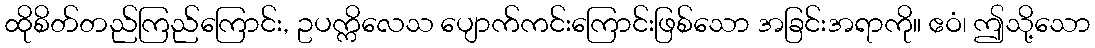
ထိုစိတ်တည်ကြည်ကြောင်း, ဥပက္ကိလေသ ပျောက်ကင်းကြောင်းဖြစ်သော အခြင်းအရာကို။ ဧဝံ၊ ဤသို့သော